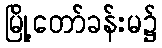
မြို့တော်ခန်းမ၌